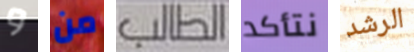
و من الطالب نتأكد الرشد